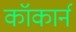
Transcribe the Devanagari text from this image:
कॉकार्न